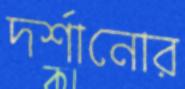
দর্শানোর